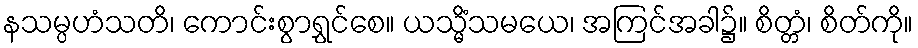
နသမ္ပဟံသတိ၊ ကောင်းစွာရွှင်စေ။ ယသ္မိံသမယေ၊ အကြင်အခါ၌။ စိတ္တံ၊ စိတ်ကို။